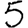
Digit: 5